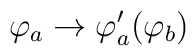
\varphi_{a} \rightarrow \varphi^{\prime}_{a} (\varphi_{b})